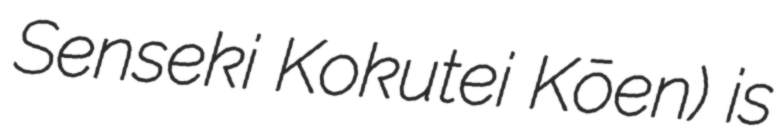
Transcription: Senseki Kokutei Kōen) is